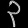
Digit: ၃